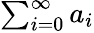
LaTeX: \textstyle\sum_{i=0}^{\infty}a_{i}